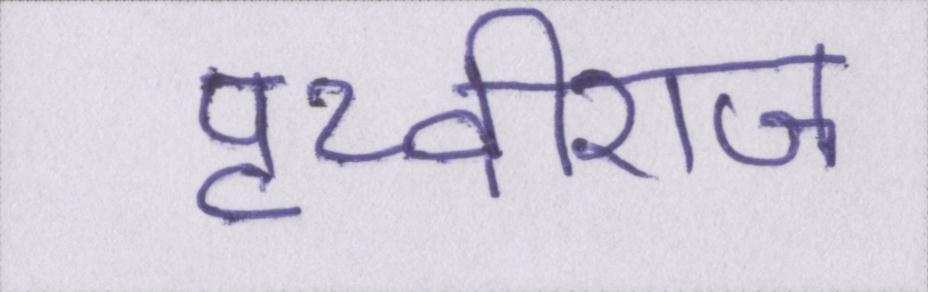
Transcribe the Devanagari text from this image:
पृथ्वीराज